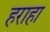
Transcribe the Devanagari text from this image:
हराहा